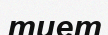
тиет